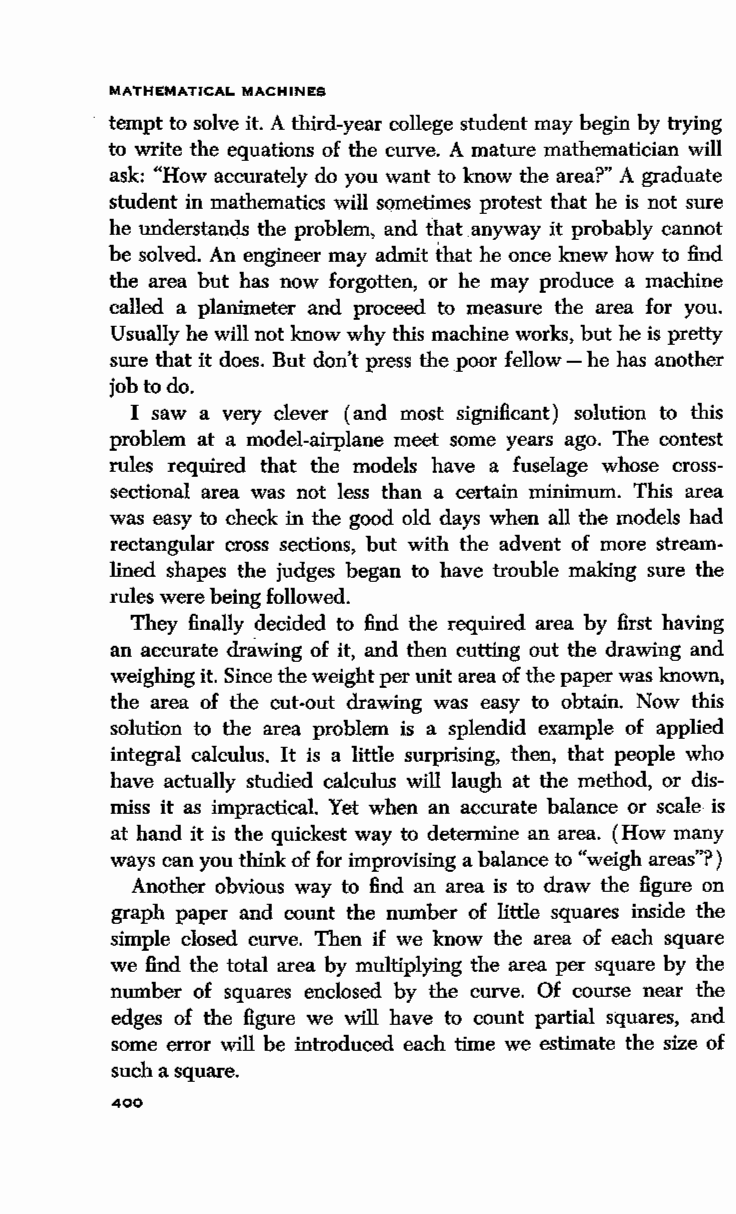
MATHEMATICAL MACHINES
 tempt to solve it. A third-year college student may begin by trying
 to write the equations of the curve. A mature mathematician will
 ask: "How accurately do you want to know the area?" A graduate
 student in mathematics will sometimes protest that he is not sure
 he understands the problem, and that anyway it probably cannot
 be solved. An engineer may admit that he once knew how to find
 the area but has now forgotten, or he may produce a machine
 called a planimeter and proceed to measure the area for you.
 Usually he will not know why this machine works, but he is pretty
 sure that it does. But don't press the poor fellow - he has another
 job to do.
 I saw a very clever (and most significant) solution to this
 problem at a model-airplane meet some years ago. The contest
 rules required that the models have a fuselage whose cross
 sectional area was not less than a certain minimum. This area
 was easy to check in the good old days when all the models had
 rectangular cross sections, but with the advent of more stream
 lined shapes the judges began to have trouble making sure the
 rules were being followed.
 They finally decided to find the required area by first having
 an accurate drawing of it, and then cutting out the drawing and
 weighing it. Since the weight per unit area of the paper was known,
 the area of the cut-out drawing was easy to obtain. Now this
 solution to the area problem is a splendid example of applied
 integral calculus. It is a little surprising, then, that people who
 have actually studied calculus will laugh at the method, or dis
 miss it as impractical. Yet when an accurate balance or scale is
 at hand it is the quickest way to determine an area. (How many
 ways can you think of for improvising a balance to "weigh areas"?)
 Another obvious way to find an area is to draw the figure on
 graph paper and .c ount the number of little squares inside the
 simple closed curve. Then if we know the area of each square
 we find the total area by multiplying the area per square by the
 number of squares enclosed by the curve. Of course near the
 edges of the figure we will have to count partial squares, and
 some error will be introduced each time we estimate the size of
 such a square.
 400